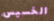
الخسيس